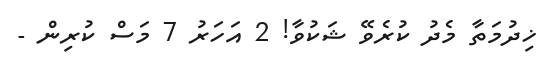
ޚިދުމަތާ މެދު ކުރެވޭ ޝަކުވާ! 2 އަހަރު 7 މަސް ކުރިން -